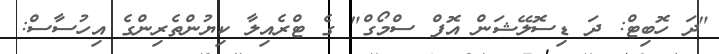
"ދަ ހޮބިޓް: ދަ ޑިސޮލޭޝަން އޮފް ސްމޯގް" ގެ ޓްރެއިލާ ކިޔުންތެރިންގެ އިހުސާސް: